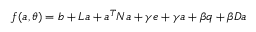
\boldsymbol { f } ( \boldsymbol { a } , \boldsymbol { \theta } ) = \boldsymbol { b } + \boldsymbol { L } \boldsymbol { a } + \boldsymbol { a } ^ { T } \boldsymbol { N } \boldsymbol { a } + \gamma \boldsymbol { e } + \gamma \boldsymbol { a } + \beta \boldsymbol { q } + \beta \boldsymbol { D } \boldsymbol { a }